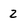
Character: 2